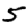
Digit: 5